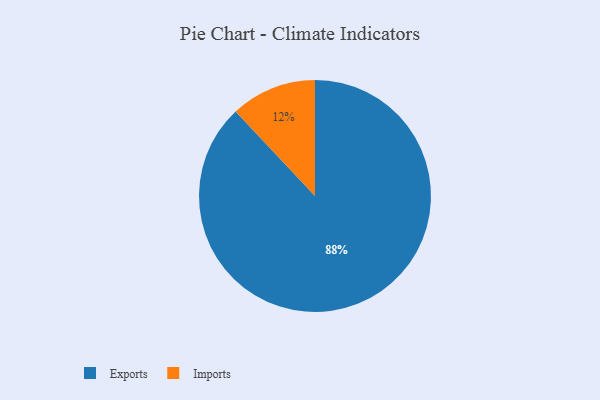
{"axis": {"x": "Category", "y": "Percentage"}, "legend": ["Exports", "Imports"], "data": [{"x": "Imports", "y": 12, "type": "Imports"}, {"x": "Exports", "y": 88, "type": "Exports"}]}